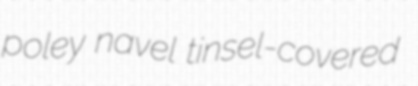
poley navel tinsel-covered